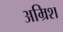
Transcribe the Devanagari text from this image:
अम्रिश